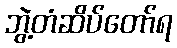
ဘွဲ့တံဆိပ်တော်ရ